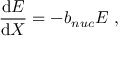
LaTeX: \frac { \mathrm { d } E } { \mathrm { d } X } = - b _ { n u c } E ~ ,